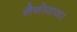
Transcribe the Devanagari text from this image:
नैनोवायर